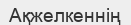
Ақжелкеннің